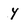
Character: y